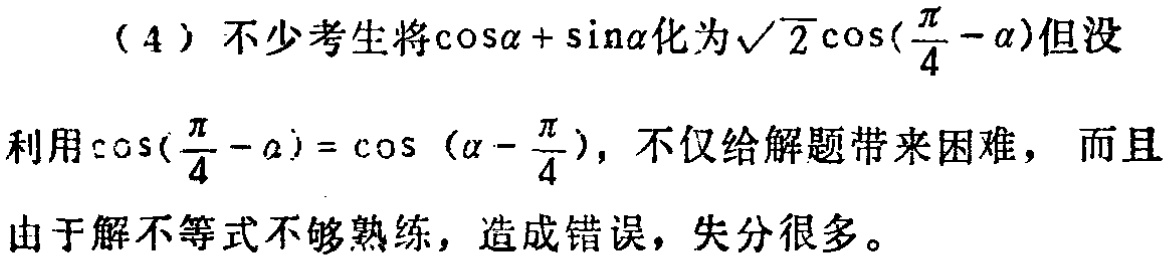
（4）不少考生将\(\cos\alpha+\sin\alpha\)化为\(\sqrt{2}\cos(\frac{\pi}{4}-\alpha)\)但没
利用\(\cos(\frac{\pi}{4}-\alpha)=\cos(\alpha - \frac{\pi}{4})\)，不仅给解题带来困难，而且
由于解不等式不够熟练，造成错误，失分很多。